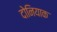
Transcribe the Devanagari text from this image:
दोनियाक